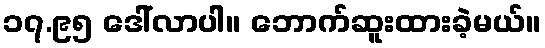
၁၇.၉၅ ဒေါ်လာပါ။ ဘောက်ဆူးထားခဲ့မယ်။